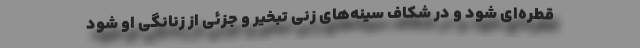
قطره‌ای شود و در شکاف‌ سینه‌های زنی تبخیر و جزئی از زنانگی او شود